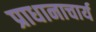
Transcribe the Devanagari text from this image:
प्राधानाचार्य